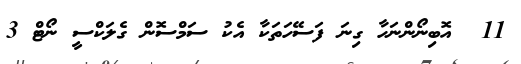
11  އޮބިނޯންނަހާ ގިނަ ފަސޭހަތަކާ އެކު ސަމްސޮން ގެލަކްސީ ނޯޓް 3